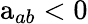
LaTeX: \mathrm{a}_{ab}<0